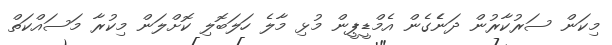
މިކަން ސަރުކާރުން ދަނެެގެން އެމްޑީޕީން މުޅި މާލެ ހަލަބޮލި ކޮށްލަން މިކުރާ މަސައްކަތް